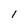
Character: 1